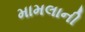
મામલાની